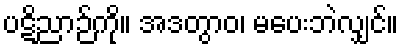
ပဋိညာဉ်ကို။ အဒတွာဝ၊ မပေးဘဲလျှင်။